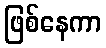
ဖြစ်နေကာ